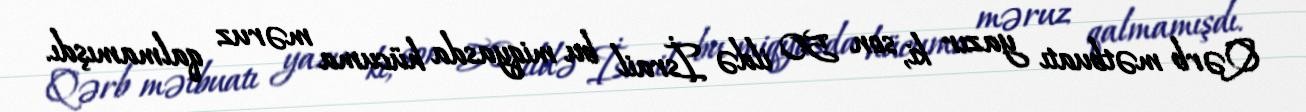
Qərb mətbuatı yazır ki, son 50 ildə İsrail bu miqyasda hücuma məruz qalmamışdı.